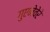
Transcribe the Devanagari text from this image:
गुएनेवेरे